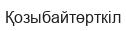
Қозыбайтөрткіл